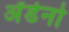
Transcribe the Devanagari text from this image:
अॅडेनो